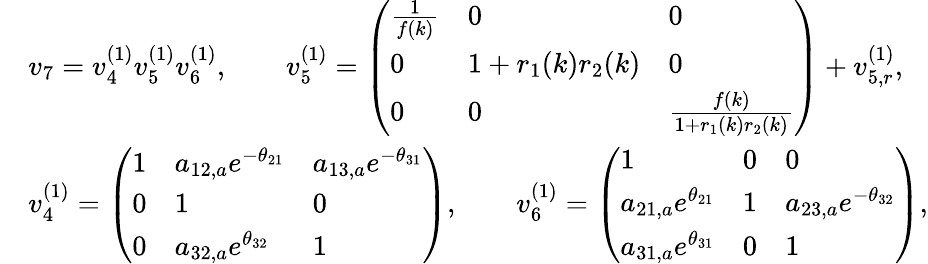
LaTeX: \begin{array}{rl}&{v_{7}=v_{4}^{(1)}v_{5}^{(1)}v_{6}^{(1)},\qquad v_{5}^{(1)}=\left(\begin{array}{lll}{\frac{1}{f(k)}}&{0}&{0}\\ {0}&{1+r_{1}(k)r_{2}(k)}&{0}\\ {0}&{0}&{\frac{f(k)}{1+r_{1}(k)r_{2}(k)}}\end{array}\right)+v_{5,r}^{(1)},}\\ &{v_{4}^{(1)}=\left(\begin{array}{lll}{1}&{a_{12,a}e^{-\theta_{21}}}&{a_{13,a}e^{-\theta_{31}}}\\ {0}&{1}&{0}\\ {0}&{a_{32,a}e^{\theta_{32}}}&{1}\end{array}\right),\qquad v_{6}^{(1)}=\left(\begin{array}{lll}{1}&{0}&{0}\\ {a_{21,a}e^{\theta_{21}}}&{1}&{a_{23,a}e^{-\theta_{32}}}\\ {a_{31,a}e^{\theta_{31}}}&{0}&{1}\end{array}\right),}\end{array}